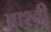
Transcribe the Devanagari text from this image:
आश्वी